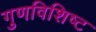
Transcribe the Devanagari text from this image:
गुणविशिष्ट